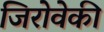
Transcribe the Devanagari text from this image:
जिरोवेकी